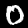
Label: 0